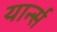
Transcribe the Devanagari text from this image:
यार्न्स